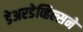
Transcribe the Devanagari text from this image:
डेअरडेव्हिल्सने